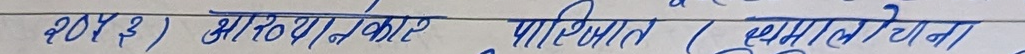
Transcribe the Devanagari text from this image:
2043) भारियावकर परिवित (घुम्तोला योजना